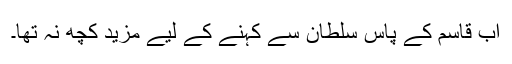
اب قاسم کے پاس سلطان سے کہنے کے لیے مزید کچھ نہ تھا۔